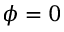
{ \phi } = 0